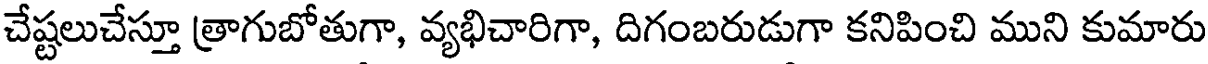
చేష్టలుచేస్తూ త్రాగుబోతుగా, వ్యభిచారిగా, దిగంబరుడుగా కనిపించి ముని కుమారు